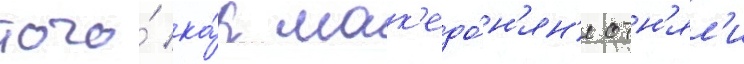
того́ ка́к мак'едо́н'ян'е отн'ял'и